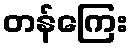
တန်ကြေး